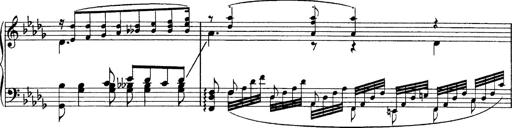
Title: Sonatina No.6
Composer: Ferruccio Busoni